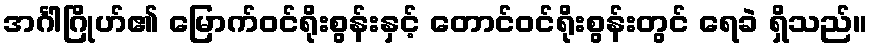
အင်္ဂါဂြိုဟ်၏ မြောက်ဝင်ရိုးစွန်းနှင့် တောင်ဝင်ရိုးစွန်းတွင် ရေခဲ ရှိသည်။